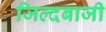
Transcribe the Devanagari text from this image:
जिल्दबाजी